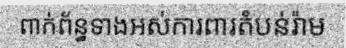
ពាក់ព័ន្ធទាងអស់ការពារតំបន់រ៉ាម